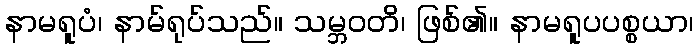
နာမရူပံ၊ နာမ်ရုပ်သည်။ သမ္ဘဝတိ၊ ဖြစ်၏။ နာမရူပပစ္စယာ၊